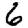
Digit: 6